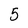
Character: 5